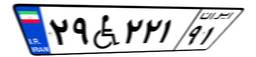
۲۹W۲۲۱۹۱